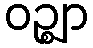
ဝဉ္ဈာ